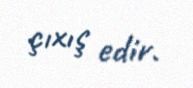
çıxış edir.